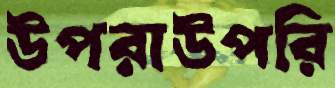
উপরাউপরি